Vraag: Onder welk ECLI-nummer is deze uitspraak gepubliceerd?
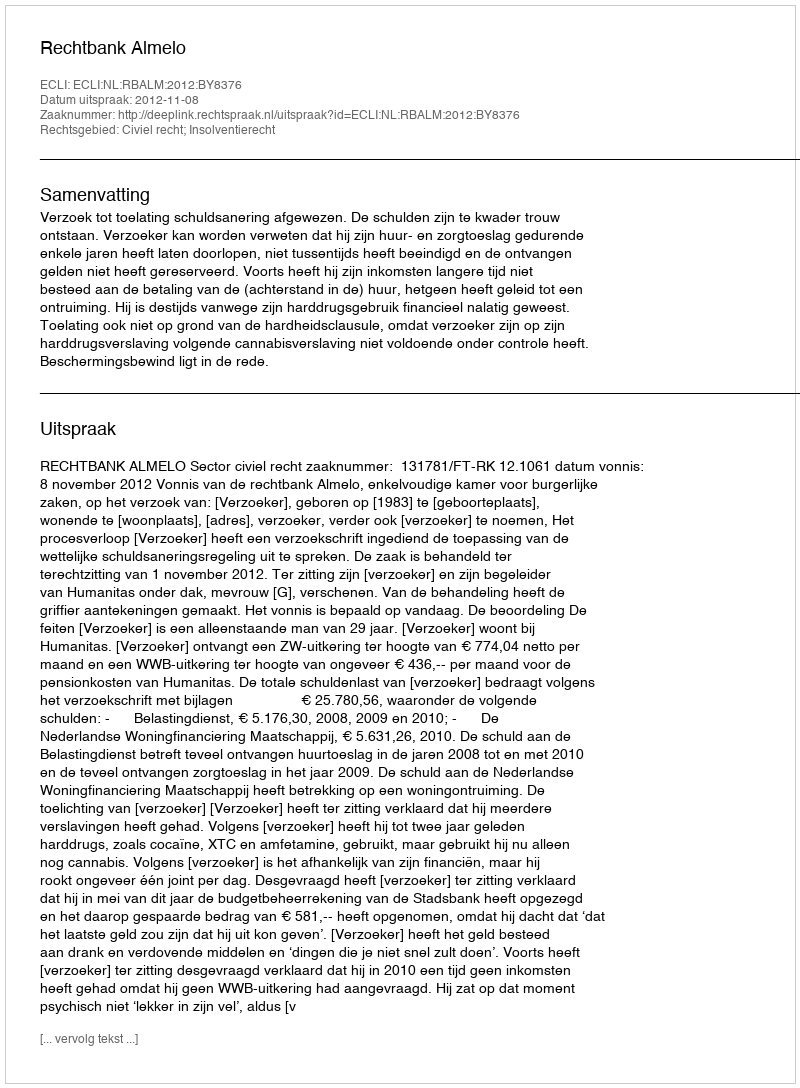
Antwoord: ECLI:NL:RBALM:2012:BY8376